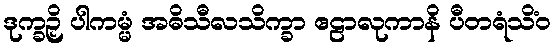
ဒုက္ခဉှိ ပါကမ္မံ အဓိသီလသိက္ခာ ဧဠာလုကာနိ ပီတရံသိံဝ